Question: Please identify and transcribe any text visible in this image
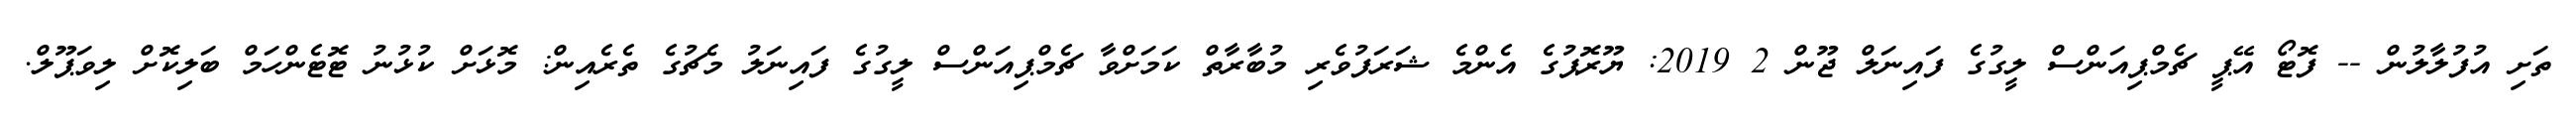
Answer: ތަށި އުފުލާލުން -- ފޮޓޯ އޭޕީ ޗެމްޕިއަންސް ލީގުގެ ފައިނަލް ޖޫން 2 2019: ޔޫރޮޕުގެ އެންމެ ޝަރަފުވެރި މުބާރާތް ކަމަށްވާ ޗެމްޕިއަންސް ލީގުގެ ފައިނަލު މެޗުގެ ތެރެއިން: މޮޅަށް ކުޅުނު ޓޮޓެންހަމް ބަލިކޮށް ލިވަޕޫލް.